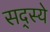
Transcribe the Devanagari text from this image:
सद्स्ये